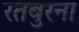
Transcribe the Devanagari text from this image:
रतबुरना